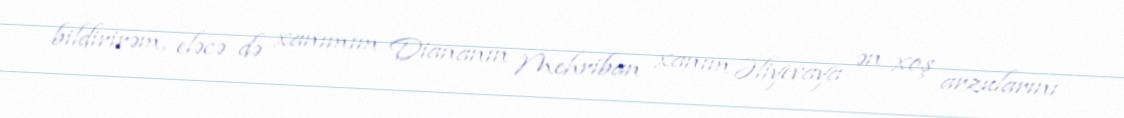
bildirirəm, eləcə də xanımım Diananın Mehriban xanım Əliyevaya ən xoş arzularını